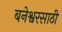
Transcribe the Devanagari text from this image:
बनेश्वरसाठी